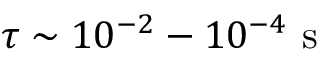
\tau \sim 1 0 ^ { - 2 } - 1 0 ^ { - 4 } ~ \mathrm { s }